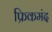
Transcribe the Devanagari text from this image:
फ्रिकमंद